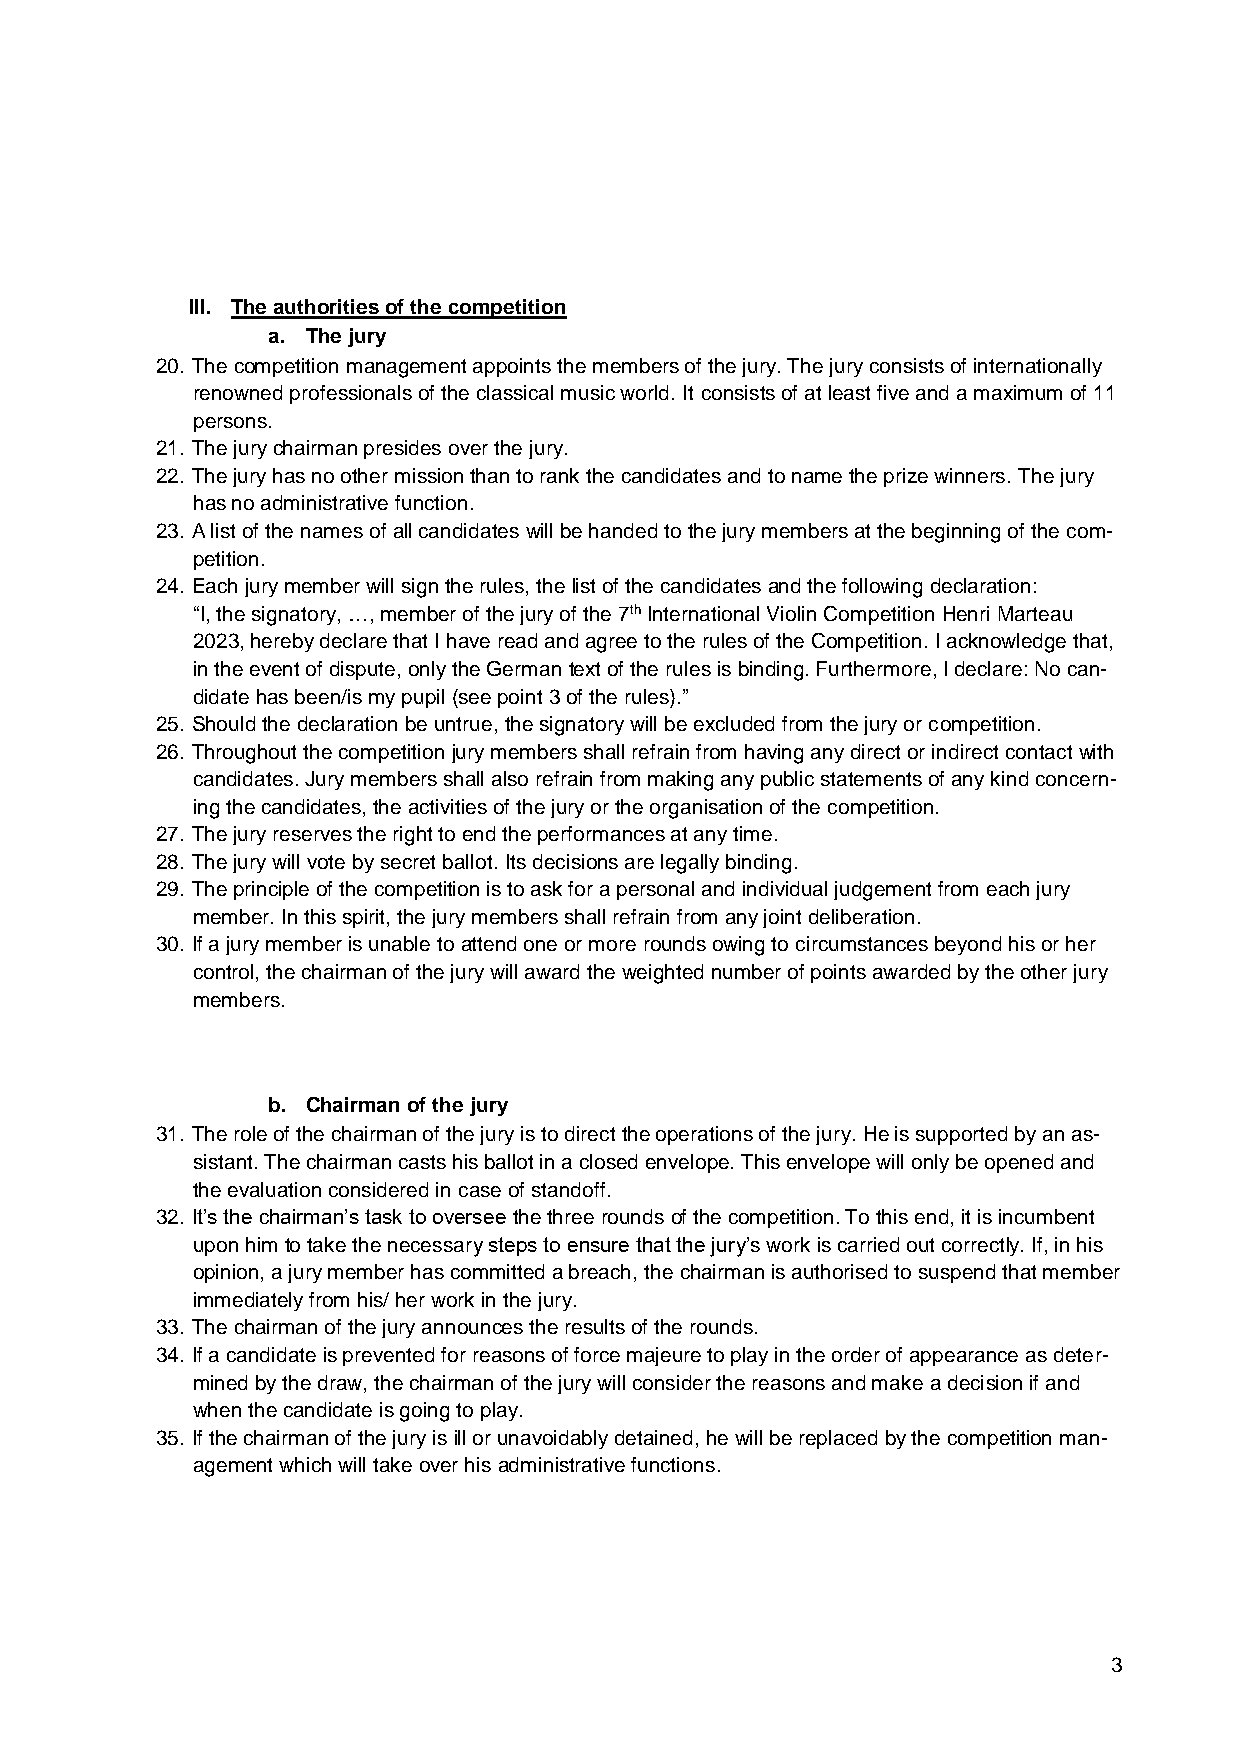
III. The authorities of the competition
 a. The jury
 20. The competition management appoints the members of the jury. The jury consists of internationally
 renowned professionals of the classical music world. It consists of at least five and a maximum of 11
 persons.
 21. The jury chairman presides over the jury.
 22. The jury has no other mission than to rank the candidates and to name the prize winners. The jury
 has no administrative function.
 23. A list of the names of all candidates will be handed to the jury members at the beginning of the com-
 petition.
 24. Each jury member will sign the rules, the list of the candidates and the following declaration:
 “I, the signatory, …, member of the jury of the 7th International Violin Competition Henri Marteau
 2023, hereby declare that I have read and agree to the rules of the Competition. I acknowledge that,
 in the event of dispute, only the German text of the rules is binding. Furthermore, I declare: No can-
 didate has been/is my pupil (see point 3 of the rules).”
 25. Should the declaration be untrue, the signatory will be excluded from the jury or competition.
 26. Throughout the competition jury members shall refrain from having any direct or indirect contact with
 candidates. Jury members shall also refrain from making any public statements of any kind concern-
 ing the candidates, the activities of the jury or the organisation of the competition.
 27. The jury reserves the right to end the performances at any time.
 28. The jury will vote by secret ballot. Its decisions are legally binding.
 29. The principle of the competition is to ask for a personal and individual judgement from each jury
 member. In this spirit, the jury members shall refrain from any joint deliberation.
 30. If a jury member is unable to attend one or more rounds owing to circumstances beyond his or her
 control, the chairman of the jury will award the weighted number of points awarded by the other jury
 members.
 b. Chairman of the jury
 31. The role of the chairman of the jury is to direct the operations of the jury. He is supported by an as-
 sistant. The chairman casts his ballot in a closed envelope. This envelope will only be opened and
 the evaluation considered in case of standoff.
 32. It’s the chairman’s task to oversee the three rounds of the competition. To this end, it is incumbent
 upon him to take the necessary steps to ensure that the jury’s work is carried out correctly. If, in his
 opinion, a jury member has committed a breach, the chairman is authorised to suspend that member
 immediately from his/ her work in the jury.
 33. The chairman of the jury announces the results of the rounds.
 34. If a candidate is prevented for reasons of force majeure to play in the order of appearance as deter-
 mined by the draw, the chairman of the jury will consider the reasons and make a decision if and
 when the candidate is going to play.
 35. If the chairman of the jury is ill or unavoidably detained, he will be replaced by the competition man-
 agement which will take over his administrative functions.
 3